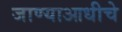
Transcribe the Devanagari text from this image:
जाण्याआधीचे